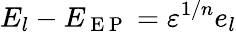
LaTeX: E_{l}-E_{\mathrm{~E~P~}}=\varepsilon^{1/n}e_{l}